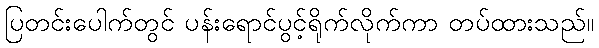
ပြတင်းပေါက်တွင် ပန်းရောင်ပွင့်ရိုက်လိုက်ကာ တပ်ထားသည်။